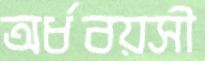
অর্ধবয়সী